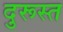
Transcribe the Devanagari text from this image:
दुरूस्‍त